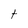
Character: t